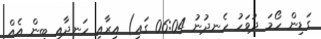
ގަޑިން ހޯމަ ދުވަހު ހެނދުނު 06:04 ގައި) އިރާއި ހަނދާއި ބިން އެއް